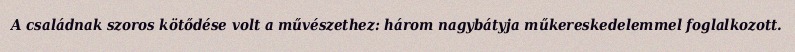
A családnak szoros kötődése volt a művészethez: három nagybátyja műkereskedelemmel foglalkozott.